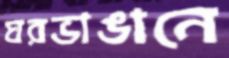
ঘরভাঙানে